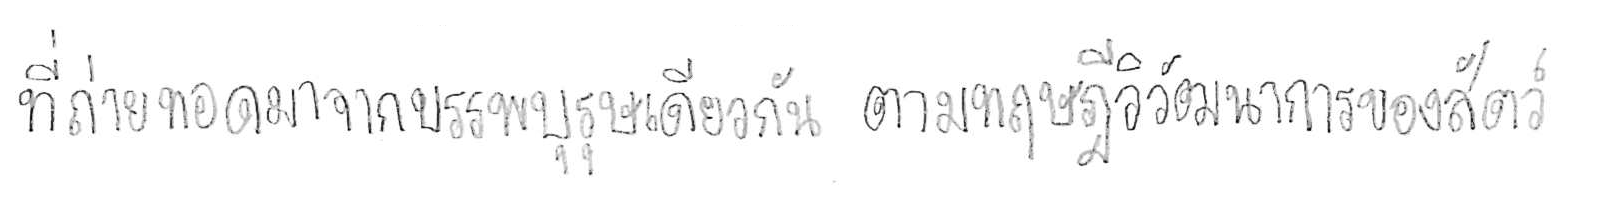
ที่ถ่ายทอดมาจากบรรพบุรุษเดียวกัน ตามทฤษฎีวิวัฒนาการของสัตว์